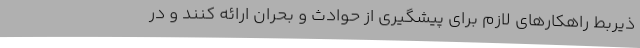
ذیربط راهکارهای لازم برای پیشگیری از حوادث و بحران ارائه کنند و در